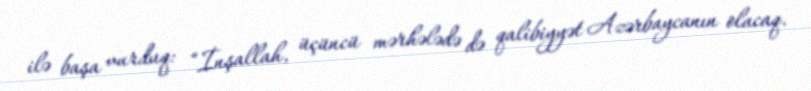
ilə başa vurduq: “İnşallah, üçüncü mərhələdə də qalibiyyət Azərbaycanın olacaq.